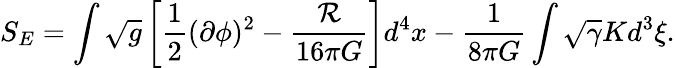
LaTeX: S_{E}=\int\sqrt{g}\left[{\frac{1}{2}}(\partial\phi)^{2}-{\frac{\cal R}{16\pi G}}\right]d^{4}x-{\frac{1}{8\pi G}}\int\sqrt{\gamma}Kd^{3}\xi.